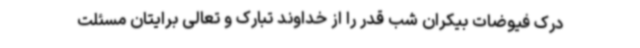
درک فیوضات بیکران شب قدر را از خداوند تبارک و تعالی برایتان مسئلت